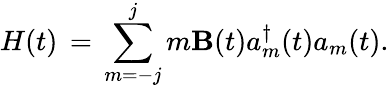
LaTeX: H(t)\, =\, \sum_{m=-j}^{j}m\mathbf{B}(t)a_{m}^{\dagger}(t)a_{m}(t).